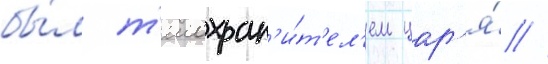
бы́л т'елохран'и́т'ел'ем цар'я́ //